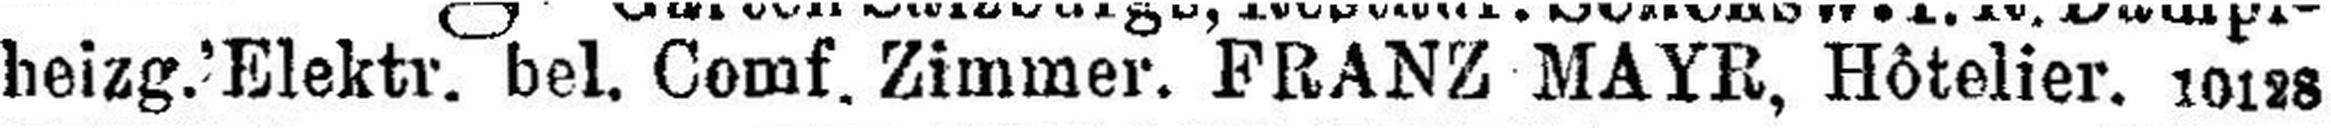
heizg.'Elektr. el, Comf. Zimmer. FRANZ MAYR, Hôtelier. 10128